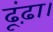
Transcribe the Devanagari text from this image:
ढूंढ़ा।